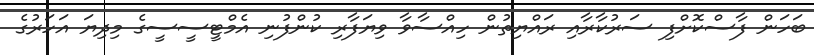
ބަހަން ފާސްކޮށްފި ސަރުކާރާއި ރައްޔިތުން ހިއްސާވާ ވިޔަފާރި ކުންފުނި އެމްޓީސީސީގެ މިދިޔަ އަހަރުގެ